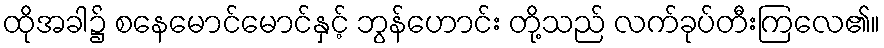
ထိုအခါ၌ စနေမောင်မောင်နှင့် ဘွန်ဟောင်း တို့သည် လက်ခုပ်တီးကြလေ၏။